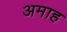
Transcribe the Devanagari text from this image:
अमाह